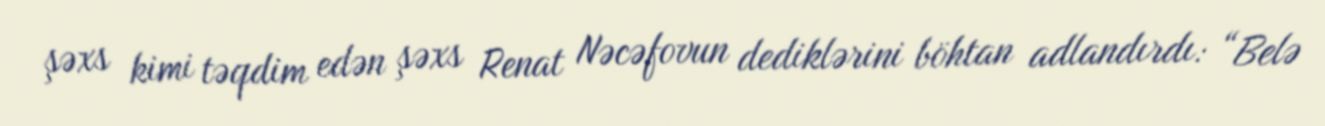
şəxs kimi təqdim edən şəxs Renat Nəcəfovun dediklərini böhtan adlandırdı: “Belə